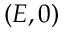
( E , 0 )